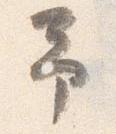
予